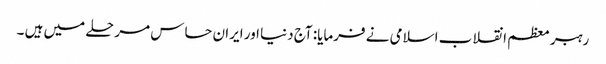
رہبر معظم انقلاب اسلامی نے فرمایا: آج دنیا اور ایران حساس مرحلے میں ہیں ۔